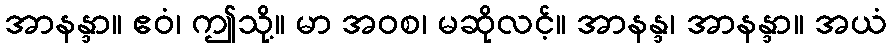
အာနန္ဒာ။ ဧဝံ၊ ဤသို့။ မာ အဝစ၊ မဆိုလင့်။ အာနန္ဒ၊ အာနန္ဒာ။ အယံ